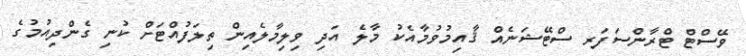
ވޭސްޓް ޓްރާންސަފަރ ސްޓޭޝަނެއް ޤާއިމުވުމާއެކު މާލެ އަދި ވިލިމާލެއިން ތިލަފުއްޓަށް ކުނި ގެންދިއުމުގެ